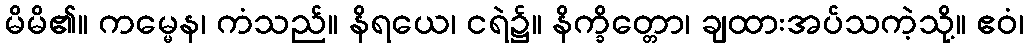
မိမိ၏။ ကမ္မေန၊ ကံသည်။ နိရယေ၊ ငရဲ၌။ နိက္ခိတ္တော၊ ချထားအပ်သကဲ့သို့။ ဧဝံ၊